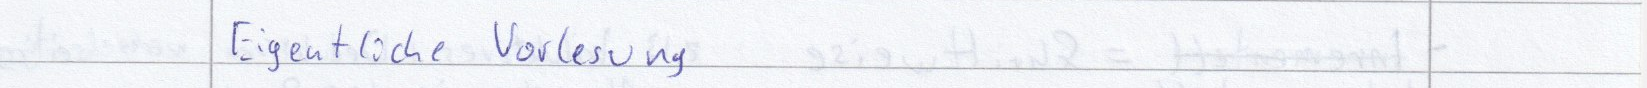
Eigentliche Vorlesung